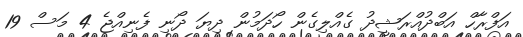
އަފްރާހް އަބްދުއްރަޝީދު ގެއްލިގެން ހޯދަމުން ދިޔަ ދޯނި ފެނިއްޖެ 4 މަސް 19